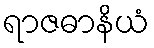
ရာဇဓာနိယံ